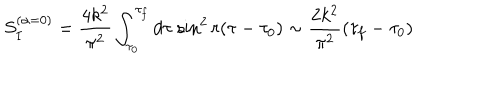
LaTeX: S _ { I } ^ { ( \alpha = 0 ) } = \frac { 4 k ^ { 2 } } { \pi ^ { 2 } } \int _ { \tau _ { 0 } } ^ { \tau _ { f } } d \tau { } ~ { \sin } ^ { 2 } \, r ( \tau - \tau _ { 0 } ) \sim \frac { 2 k ^ { 2 } } { \pi ^ { 2 } } ( \tau _ { f } - \tau _ { 0 } )